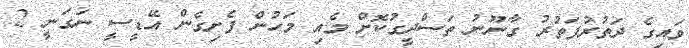
ވައިގެ ދަތުރުފަތުރު ގާނޫނު ތަސްދީގުކޮށް މެއި މަހުން ފެށިގެން އޭޑީސީ ނަގަނީ 2